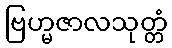
ဗြဟ္မဇာလသုတ္တံ